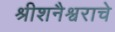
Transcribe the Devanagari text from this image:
श्रीशनैश्वराचे